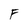
Character: F